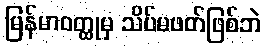
မြန်မာဝတ္ထုမှ သိပ်မဖတ်ဖြစ်ဘဲ